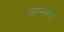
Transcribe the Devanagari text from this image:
वाल्लोप्स